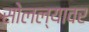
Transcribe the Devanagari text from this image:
सोलल्यावर